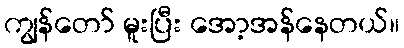
ကျွန်တော် မူးပြီး အော့အန်နေတယ်။